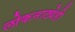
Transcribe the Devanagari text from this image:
लोकनाट्येही